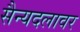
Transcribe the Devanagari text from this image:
सैन्यदलावर